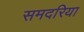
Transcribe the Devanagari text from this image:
समदरिया